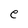
Character: e